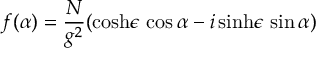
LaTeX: f ( \alpha ) = \frac { N } { g ^ { 2 } } ( \cosh \! \epsilon \, \cos \alpha - i \sinh \! \epsilon \, \sin \alpha )